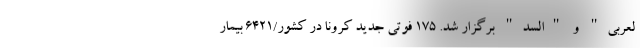
لعربی" و "السد" برگزار شد. ۱۷۵ فوتی جدید کرونا در کشور/۶۴۲۱ بیمار